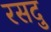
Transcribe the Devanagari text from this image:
रसदु